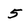
Character: 5